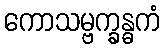
ကောသမ္ဗက္ခန္ဓကံ